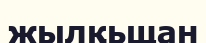
жылқьщан